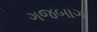
ગજબાગ